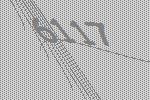
6117